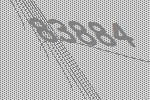
83884